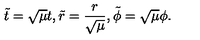
\tilde { t } = \sqrt { \mu } t , \tilde { r } = \frac { r } { \sqrt { \mu } } , \tilde { \phi } = \sqrt { \mu } \phi .